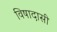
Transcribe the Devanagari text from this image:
विषादासी